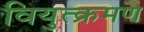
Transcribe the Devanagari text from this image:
वियुत्क्रमण